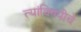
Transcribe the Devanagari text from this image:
त्यांविषयीचे